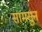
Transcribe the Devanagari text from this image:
सामसुन